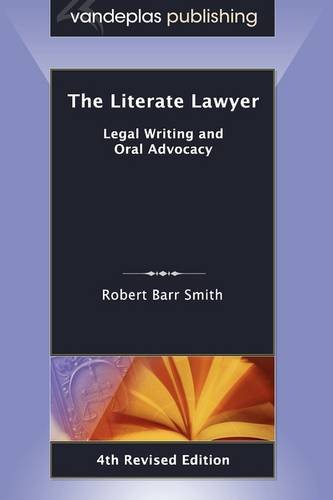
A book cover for The Literate Lawyer: Legal Writing and Oral Advocacy, 4th Revised Edition; Robert Barr Smith; Law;